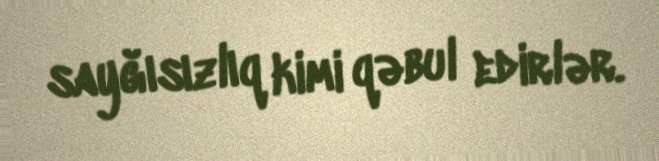
sayğısızlıq kimi qəbul edirlər.